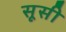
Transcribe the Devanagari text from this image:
सूसी